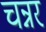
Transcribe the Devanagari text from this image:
चन्नर